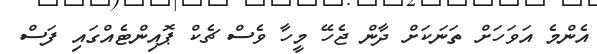
އެންމެ އަވަހަށް ތަނަކަށް ދާން ޖެހޭ މީހާ ވެސް ޗެކް ޕޮއިންޓެއްގައި ފަސް